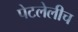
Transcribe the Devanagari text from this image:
पेटलेलीच